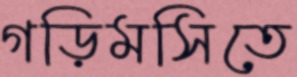
গড়িমসিতে